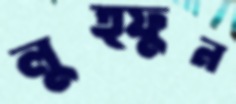
লুত্ফুন